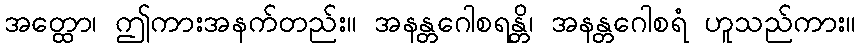
အတ္ထော၊ ဤကားအနက်တည်း။ အနန္တဂေါစရန္တိ၊ အနန္တဂေါစရံ ဟူသည်ကား။